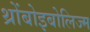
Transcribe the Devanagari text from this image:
थ्रोंबोइबोलिज्म